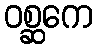
ဝစ္ဆကေ